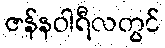
ဇန်နဝါရီလတွင်